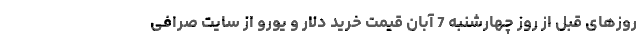
روزهای قبل از روز چهارشنبه 7 آبان قیمت خرید دلار و یورو از سایت صرافی